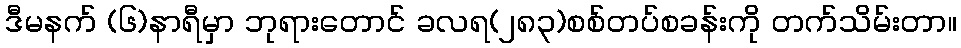
ဒီမနက် (၆)နာရီမှာ ဘုရားတောင် ခလရ(၂၈၃)စစ်တပ်စခန်းကို တက်သိမ်းတာ။